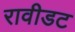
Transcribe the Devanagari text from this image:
रावीडट